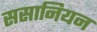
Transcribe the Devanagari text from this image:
ससानियन